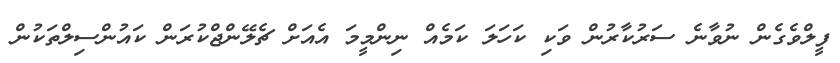
ފީލްވެގެން ނުވާނެ ސަރުކާރުން ވަކި ކަހަލަ ކަމެއް ނިންމީމަ އެއަށް ޗެލޭންޖްކުރަން ކައުންސިލްތަކުން